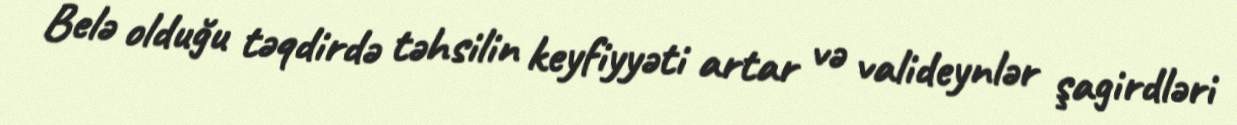
Belə olduğu təqdirdə təhsilin keyfiyyəti artar və valideynlər şagirdləri